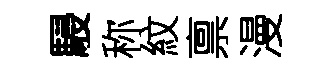
駸称紋禀漫